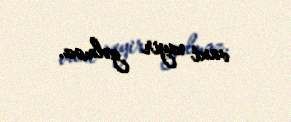
vaxt xeyir gəlməz.